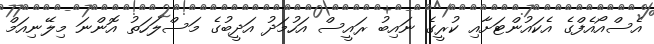
އެސްއޯއެފްގެ އެކައުންޓަށާއި ކުރީގެ ނައިބު ރައީސް އަހުމަދު އަދީބުގެ މަސްލަހަތު އޮންނަ މިލޭނިއަމް